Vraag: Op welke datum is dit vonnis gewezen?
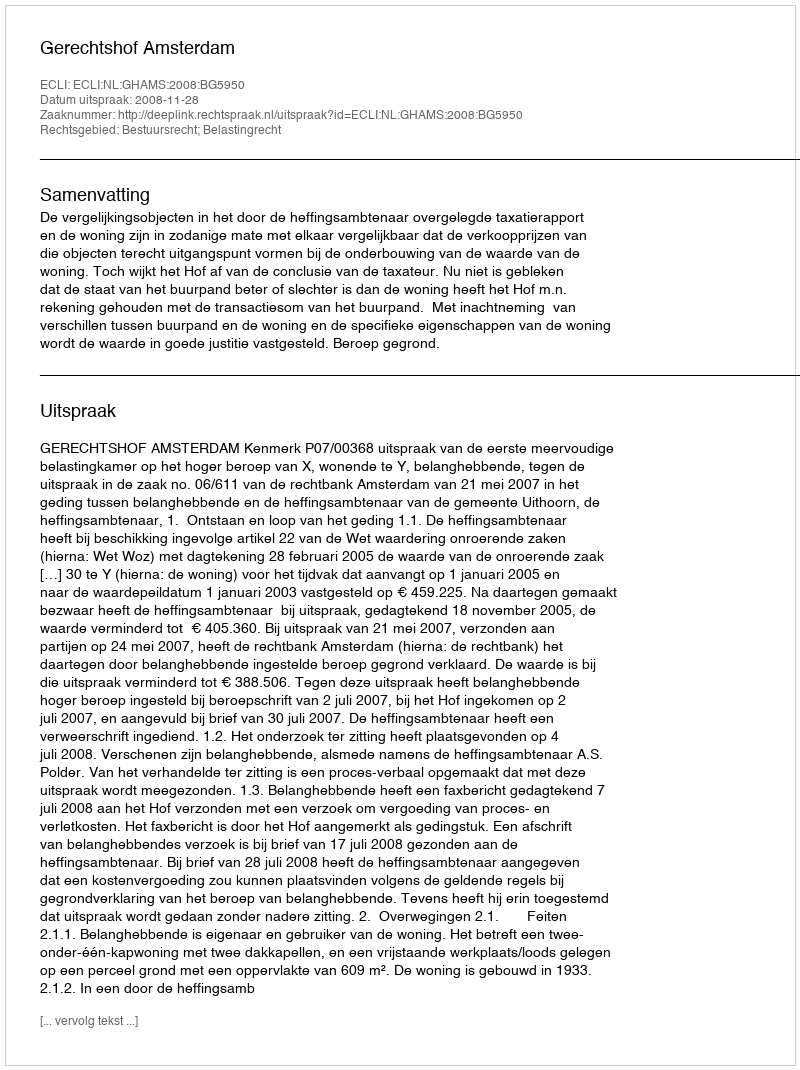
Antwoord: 2008-11-28